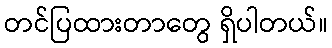
တင်ပြထားတာတွေ ရှိပါတယ်။